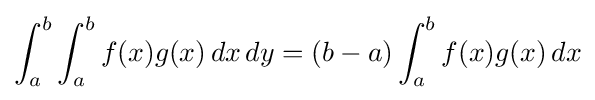
\int _{a}^{b}\int _{a}^{b}f(x)g(x)\,dx\,dy=(b-a)\int _{a}^{b}f(x)g(x)\,dx